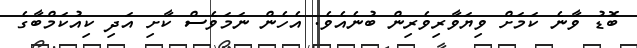
ބޮޑު ވާނެ ކަމަށް ވިޔަވާރިވެރިން ބުނެއެވެ. އެހެން ނަމަވެސް ކާށި އަދި ކިއުކަމްބާގެ